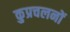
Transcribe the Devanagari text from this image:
कुप्रचलनों